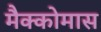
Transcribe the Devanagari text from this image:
मैक्कोमास